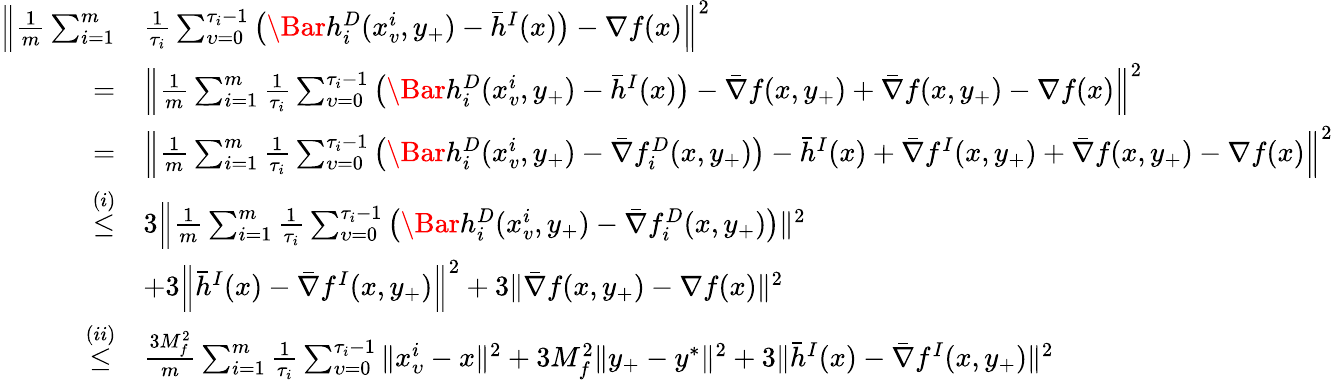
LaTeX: \begin{array}{rl}{\Big\| \frac{1}{m}\sum_{i=1}^{m}}&{\frac{1}{\tau_{i}}\sum_{\upsilon=0}^{\tau_{i}-1}\big(\Bar{h}_{i}^{D}(x_{v}^{i},y_{+})-\bar{h}^{I}(x)\big)-\nabla f(x)\Big\| ^{2}}\\ {=}&{\Big\| \frac{1}{m}\sum_{i=1}^{m}\frac{1}{\tau_{i}}\sum_{\upsilon=0}^{\tau_{i}-1}\big(\Bar{h}_{i}^{D}(x_{v}^{i},y_{+})-\bar{h}^{I}(x)\big)-\bar{\nabla}f(x,y_{+})+\bar{\nabla}f(x,y_{+})-\nabla f(x)\Big\| ^{2}}\\ {=}&{\Big\| \frac{1}{m}\sum_{i=1}^{m}\frac{1}{\tau_{i}}\sum_{\upsilon=0}^{\tau_{i}-1}\big(\Bar{h}_{i}^{D}(x_{v}^{i},y_{+})-\bar{\nabla}f_{i}^{D}(x,y_{+})\big)-\bar{h}^{I}(x)+\bar{\nabla}f^{I}(x,y_{+})+\bar{\nabla}f(x,y_{+})-\nabla f(x)\Big\| ^{2}}\\ {\overset{(i)}\leq}&{3\Big\| \frac{1}{m}\sum_{i=1}^{m}\frac{1}{\tau_{i}}\sum_{\upsilon=0}^{\tau_{i}-1}\big(\Bar{h}_{i}^{D}(x_{v}^{i},y_{+})-\bar{\nabla}f_{i}^{D}(x,y_{+})\big)\| ^{2}}\\ &{+3\Big\| \bar{h}^{I}(x)-\bar{\nabla}f^{I}(x,y_{+})\Big\| ^{2}+3\| \bar{\nabla}f(x,y_{+})-\nabla f(x)\| ^{2}}\\ {\overset{(ii)}\leq}&{\frac{3M_{f}^{2}}{m}\sum_{i=1}^{m}\frac{1}{\tau_{i}}\sum_{\upsilon=0}^{\tau_{i}-1}\| x_{\upsilon}^{i}-x\| ^{2}+3M_{f}^{2}\| y_{+}-y^{\ast}\| ^{2}+3\| \bar{h}^{I}(x)-\bar{\nabla}f^{I}(x,y_{+})\| ^{2}}\end{array}